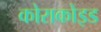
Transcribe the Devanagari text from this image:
कोराकोइड